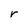
Character: r